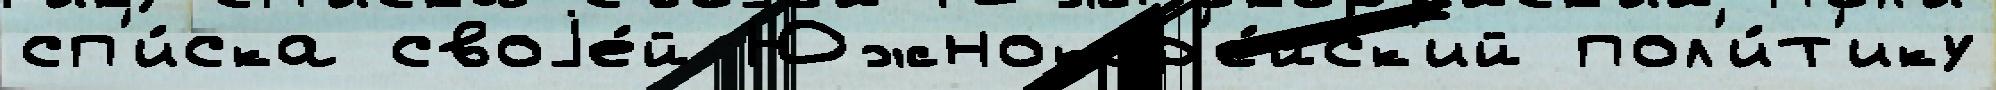
сп'и́ска своjе́й Южнокор'е́йск'ий пол'и́т'ику